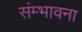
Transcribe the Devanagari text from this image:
संम्भावना